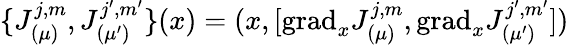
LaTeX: \{ J_{(\mu)}^{j,m},J_{(\mu^{\prime})}^{j^{\prime},m^{\prime}}\} (x)=(x,[\mathrm{grad}_{x}J_{(\mu)}^{j,m},\mathrm{grad}_{x}J_{(\mu^{\prime})}^{j^{\prime},m^{\prime}}])